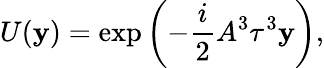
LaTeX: U(\mathbf{y})=\exp\left(-\frac{{i}}{{2}}A^{3}\tau^{3}\mathbf{y}\right),